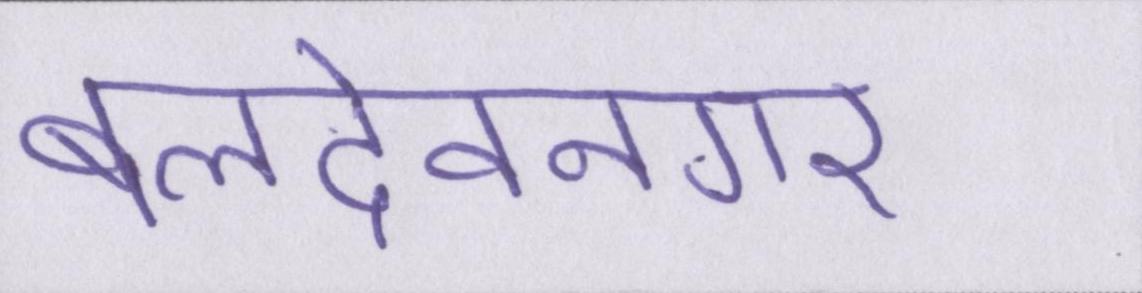
बलदेवनगर